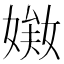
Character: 𡟘